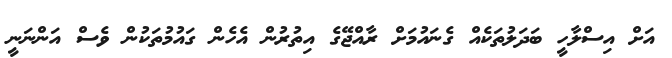
އަށް އިސްލާހީ ބަދަލުތަކެއް ގެނައުމަށް ރާއްޖޭގެ އިތުރުން އެހެން ގައުމުތަކުން ވެސް އަންނަނީ